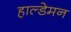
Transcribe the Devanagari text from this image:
हाल्डेमन